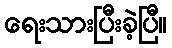
ရေးသားပြီးခဲ့ပြီ။